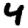
Digit: 4